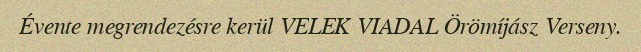
Évente megrendezésre kerül VELEK VIADAL Örömíjász Verseny.